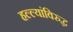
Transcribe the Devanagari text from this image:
हल्ल्यांविरुद्ध